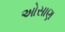
ઓસાણ